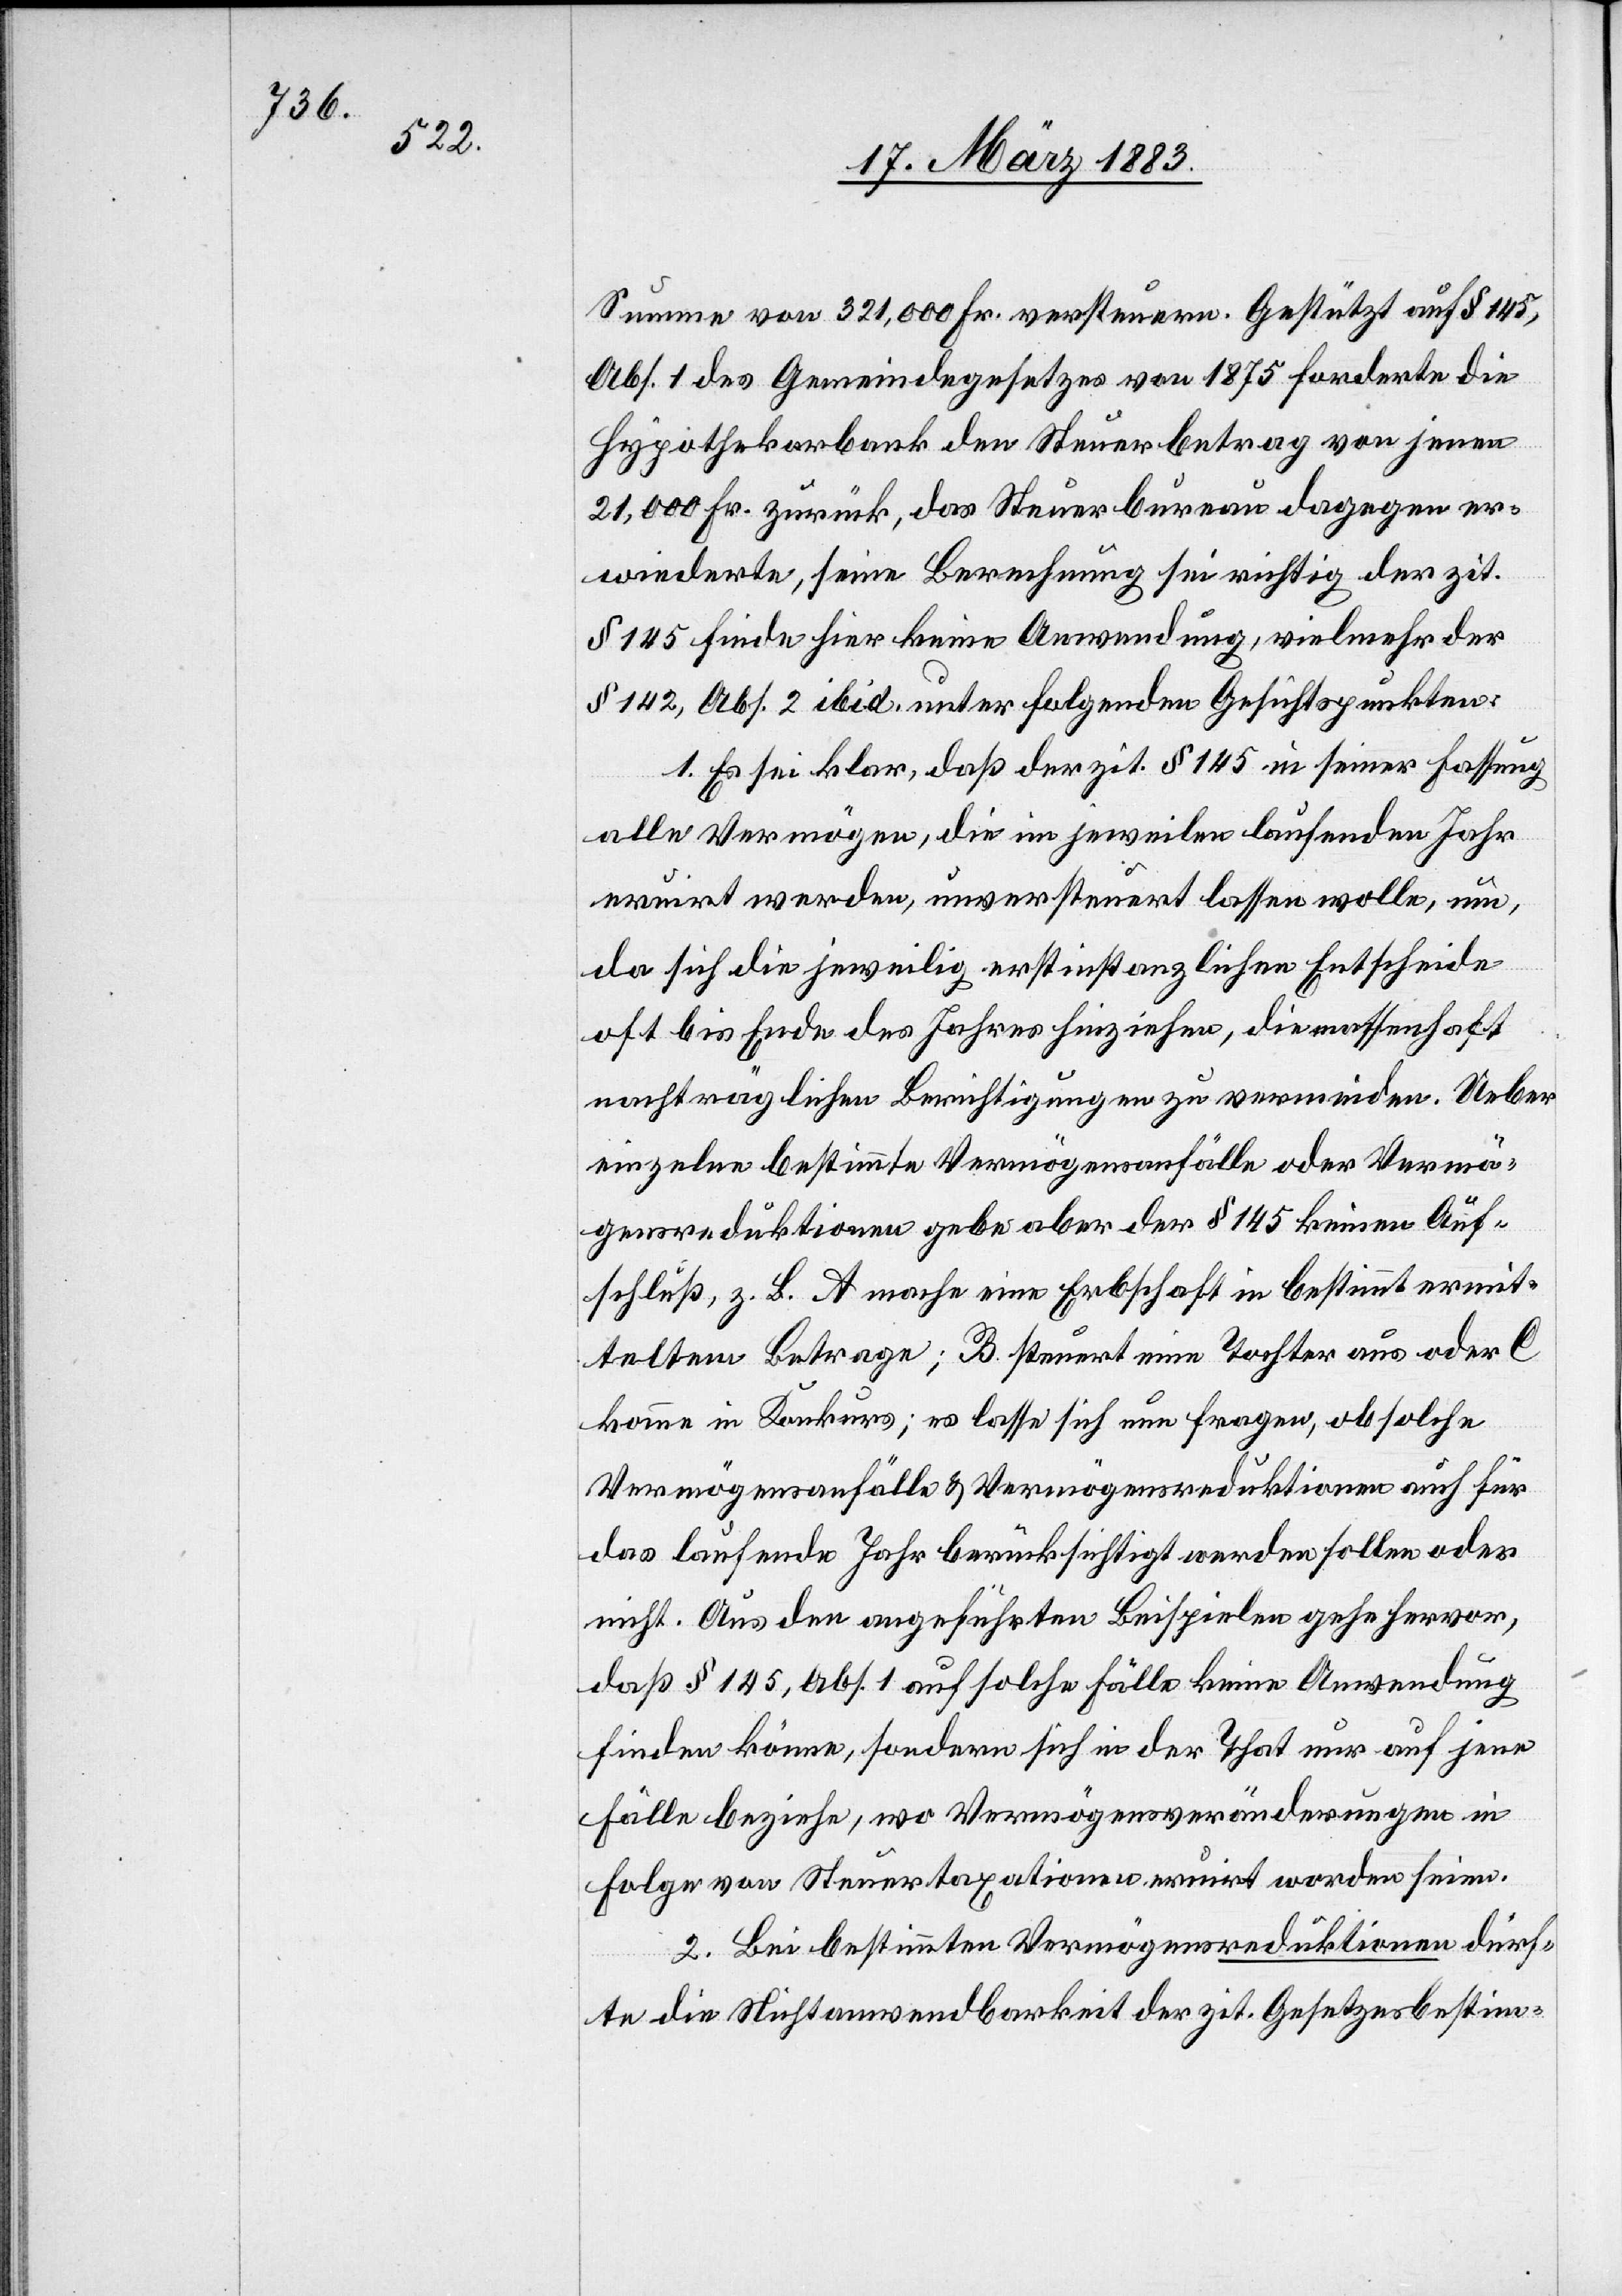
vom 8.